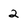
Character: 2